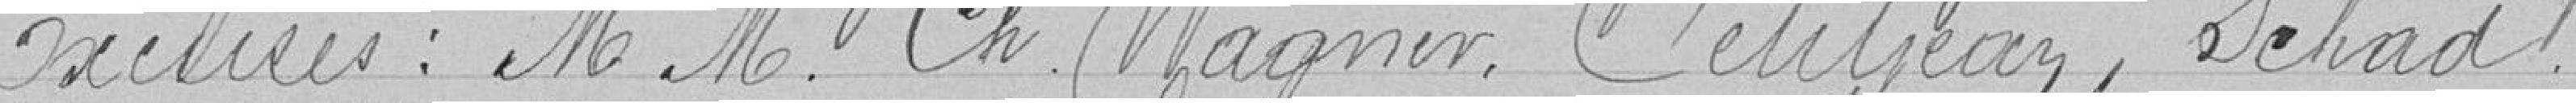
Excusés : Messieurs Ch. Wagner, Petitjean, Schad.